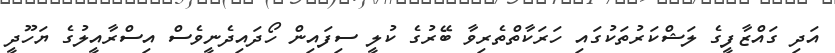
އަދި ގައްޒާފީގެ ލަޝްކަރުތަކުގައި ހަރަކާތްތެރިވާ ބޭރުގެ ކުލީ ސިފައިން ހޯދައިދެނީވެސް އިސްރާއީލުގެ ޔަހޫދީ